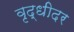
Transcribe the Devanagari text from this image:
वृद्धीदर